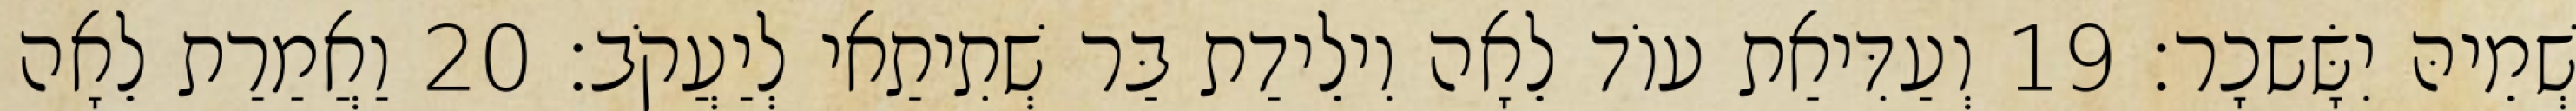
שְׁמֵיהּ יִשָּׂשכָר׃ 19 וְעַדִּיאַת עוֹד לֵאָה וִילֵידַת בַּר שְׁתִיתַאי לְיַעֲקֹב׃ 20 וַאֲמַרַת לֵאָה